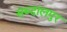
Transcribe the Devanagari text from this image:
सब्दालपुर